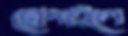
ছোপাইলে